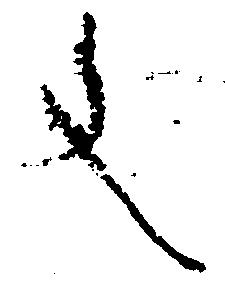
文